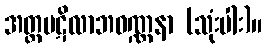
အတ္တပဋိလာဘဝဏ္ဏနာ (သုံးပါး)။